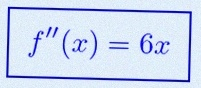
f''(x)=6x